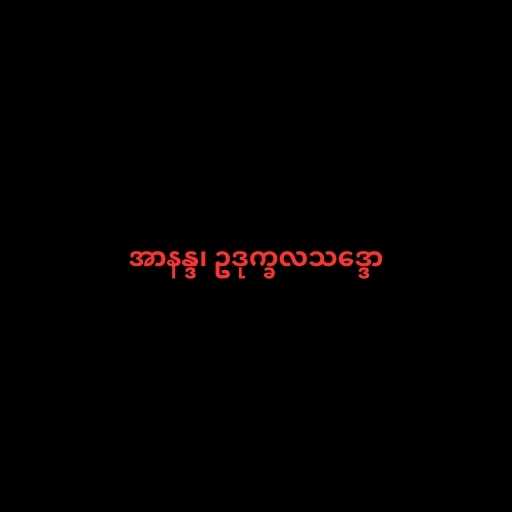
အာနန္ဒ၊ ဥဒုက္ခလသဒ္ဒော